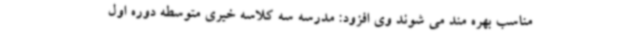
مناسب بهره مند می شوند وی افزود: مدرسه سه کلاسه خیری متوسطه دوره اول